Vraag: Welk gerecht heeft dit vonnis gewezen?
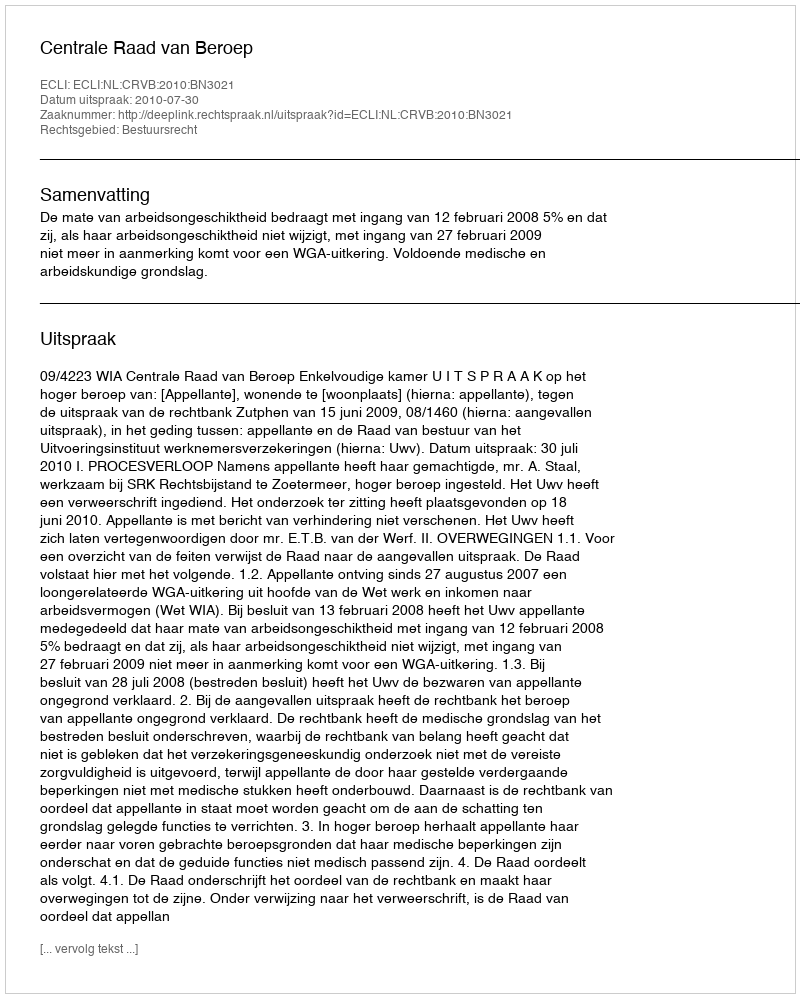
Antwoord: Centrale Raad van Beroep